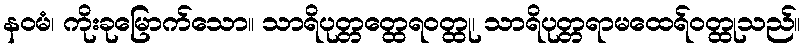
နဝမံ၊ ကိုးခုမြောက်သော။ သာရိပုတ္တတ္ထေရဝတ္ထု၊ သာရိပုတ္တရာမထေရ်ဝတ္ထုသည်။